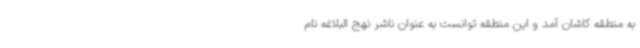
به منطقه کاشان آمد و این منطقه توانست به عنوان ناشر نهج البلاغه نام